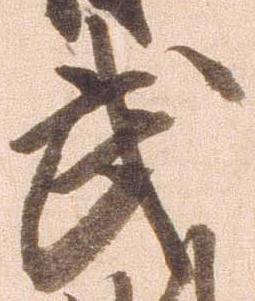
武